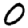
Digit: 0